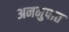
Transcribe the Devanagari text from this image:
अननुपात